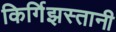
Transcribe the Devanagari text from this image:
किर्गिझस्तानी